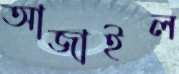
আজাইল